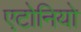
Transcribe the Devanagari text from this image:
एटोनियो